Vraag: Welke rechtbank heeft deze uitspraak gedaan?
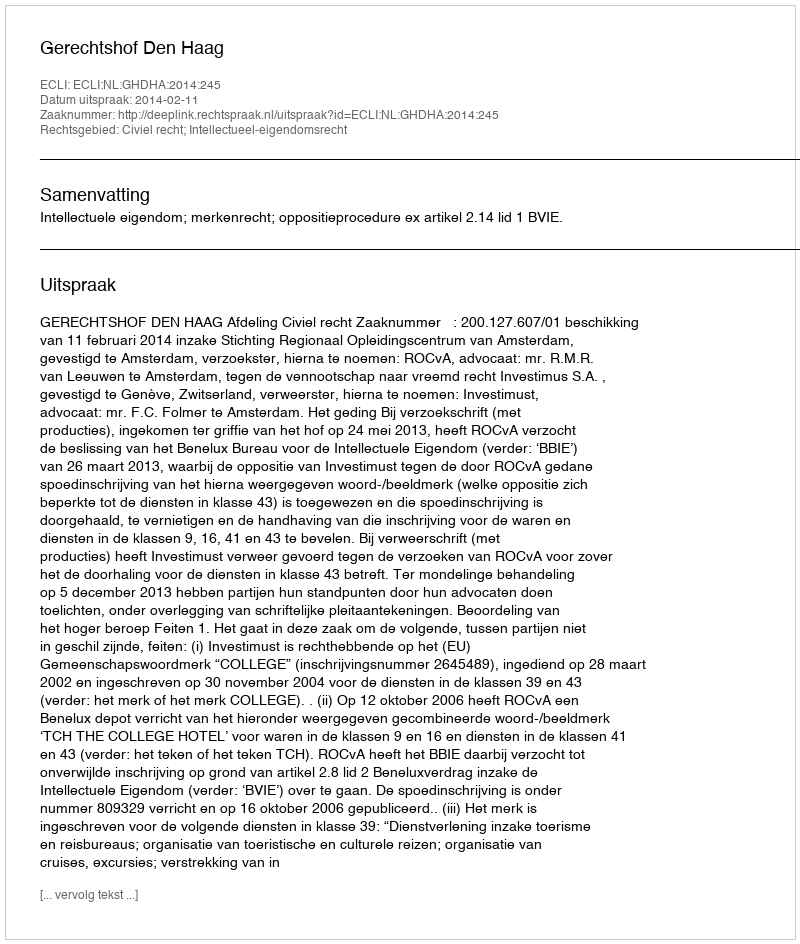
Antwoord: Gerechtshof Den Haag